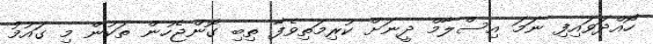
ހޯއްދަވައިފި ނަމަ އިސްލާމް ދީނަށް ކުރިމަތިވެފާ ތިބި ގޮންޖެހުން ތަކުން މި ގައުމު